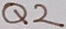
Text: Q2